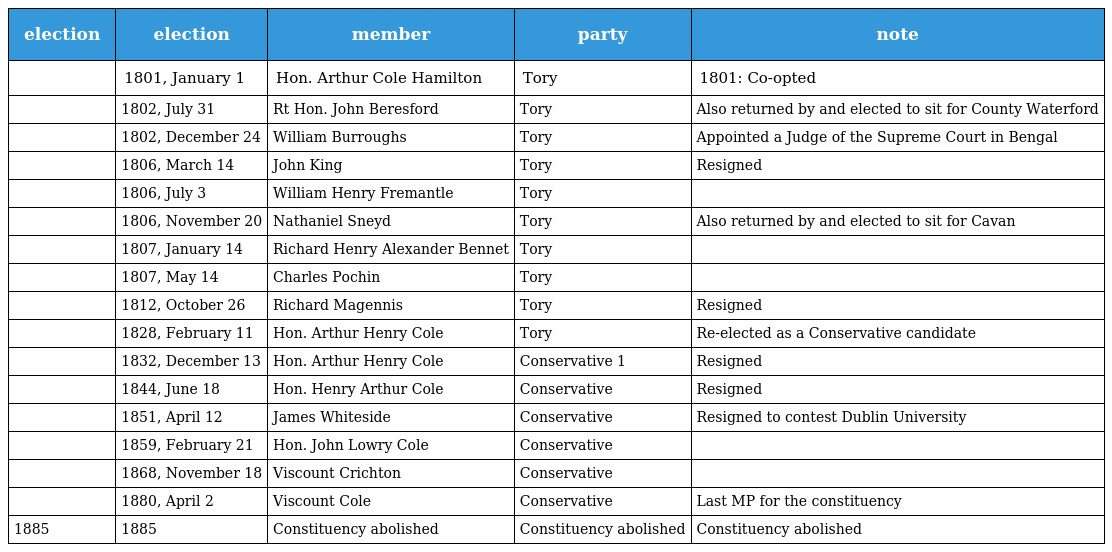
| election | election | member | party | note |
 | --- | --- | --- | --- | --- |
 |  | 1801, January 1 | Hon. Arthur Cole Hamilton | Tory | 1801: Co-opted |
 |  | 1802, July 31 | Rt Hon. John Beresford | Tory | Also returned by and elected to sit for County Waterford |
 |  | 1802, December 24 | William Burroughs | Tory | Appointed a Judge of the Supreme Court in Bengal |
 |  | 1806, March 14 | John King | Tory | Resigned |
 |  | 1806, July 3 | William Henry Fremantle | Tory |  |
 |  | 1806, November 20 | Nathaniel Sneyd | Tory | Also returned by and elected to sit for Cavan |
 |  | 1807, January 14 | Richard Henry Alexander Bennet | Tory |  |
 |  | 1807, May 14 | Charles Pochin | Tory |  |
 |  | 1812, October 26 | Richard Magennis | Tory | Resigned |
 |  | 1828, February 11 | Hon. Arthur Henry Cole | Tory | Re-elected as a Conservative candidate |
 |  | 1832, December 13 | Hon. Arthur Henry Cole | Conservative 1 | Resigned |
 |  | 1844, June 18 | Hon. Henry Arthur Cole | Conservative | Resigned |
 |  | 1851, April 12 | James Whiteside | Conservative | Resigned to contest Dublin University |
 |  | 1859, February 21 | Hon. John Lowry Cole | Conservative |  |
 |  | 1868, November 18 | Viscount Crichton | Conservative |  |
 |  | 1880, April 2 | Viscount Cole | Conservative | Last MP for the constituency |
 | 1885 | 1885 | Constituency abolished | Constituency abolished | Constituency abolished |